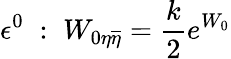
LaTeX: \epsilon^{0}\; :\; W_{0\eta\overline{{{\eta}}}}={\frac{k}{2}}e^{W_{0}}